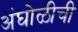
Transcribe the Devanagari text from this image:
अंघोळीची